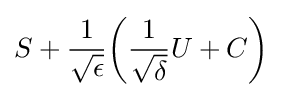
S+{\frac {1}{\sqrt {\epsilon }}}{\biggl (}{\frac {1}{\sqrt {\delta }}}U+C{\biggr )}